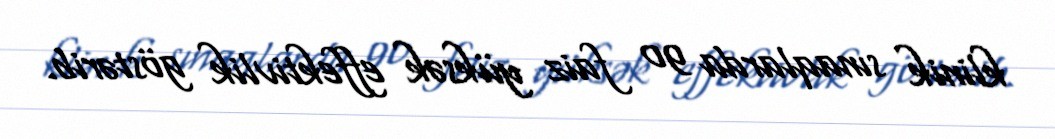
klinik sınaqlarda 90 faiz yüksək effektivlik göstərib.